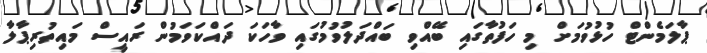
ޕާލަމެންޓް ހުޅުވުމަށް މި ހަފުތާގައި ބޭއްވި ބައްދަލުވުމުގައި ވާހަކަ ދައްކަވަމުން ރައީސް މައިތުރިޕާލާ